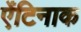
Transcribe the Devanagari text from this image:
ऐंटिनाक